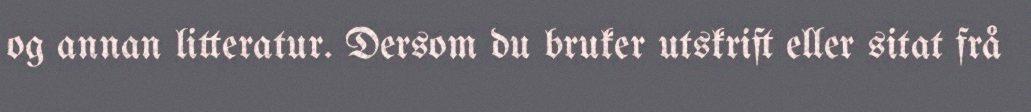
og annan litteratur. Dersom du bruker utskrift eller sitat frå